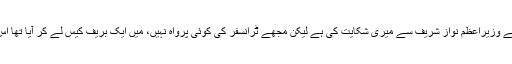
انہوں نے کہا کہ کچھ لوگوں نے وزیراعظم نواز شریف سے میری شکایت کی ہے لیکن مجھے ٹرانسفر کی کوئی پرواہ نہیں، میں ایک بریف کیس لے کر آیا تھا اس کے ساتھ واپس چلا جاؤں گا۔